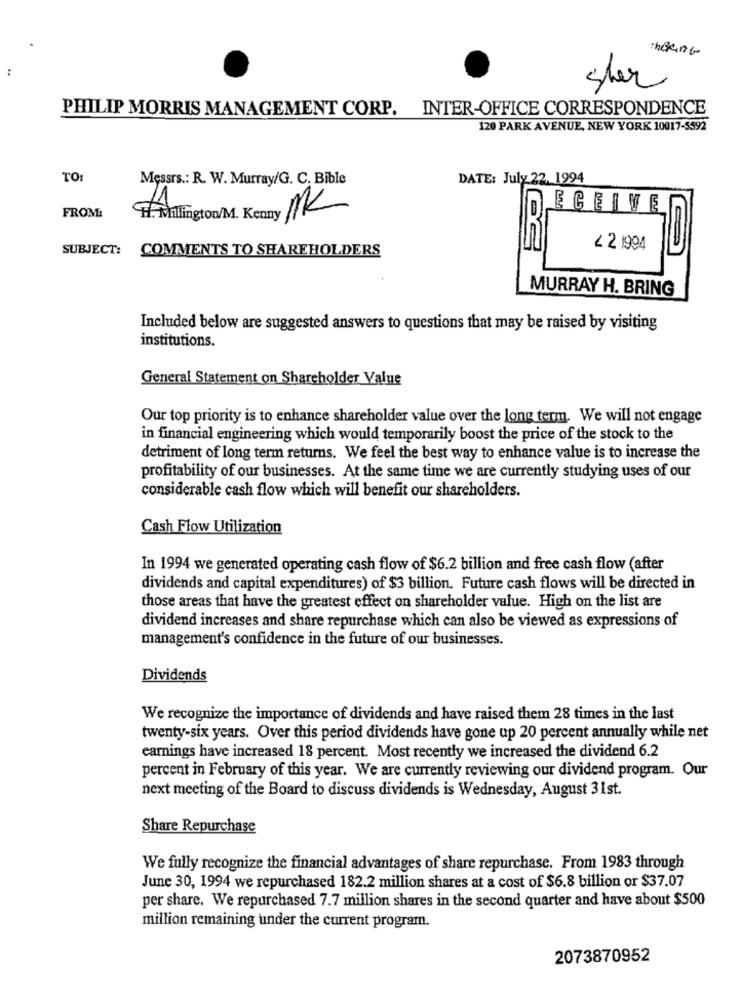
sher
PHILIP MORRIS MANAGEMENT CORP. INTER-OFFICE CORRESPONDENCE
120 PARK AVENUE, NEW YORK 10017-5592
TO
Messrs .: R. W. Murray/G. C. Bible
DATE: July 22. 1994
/1
FROM:
ECEIVE
1. Millington/M. Kenny AK
SUBJECT: COMMENTS TO SHAREHOLDERS
2 2 1994
MURRAY H. BRING
Included below are suggested answers to questions that may be raised by visiting
institutions.
General Statement on Shareholder Value
Our top priority is to enhance shareholder value over the long term. We will not engage
in financial engineering which would temporarily boost the price of the stock to the
detriment of long term returns. We feel the best way to enhance value is to increase the
profitability of our businesses. At the same time we are currently studying uses of our
considerable cash flow which will benefit our shareholders.
Cash Flow Utilization
In 1994 we generated operating cash flow of $6.2 billion and free cash flow (after
dividends and capital expenditures) of $3 billion. Future cash flows will be directed in
those areas that have the greatest effect on shareholder value. High on the list are
dividend increases and share repurchase which can also be viewed as expressions of
management's confidence in the future of our businesses.
Dividends
We recognize the importance of dividends and have raised them 28 times in the last
twenty-six years. Over this period dividends have gone up 20 percent annually while net
earnings have increased 18 percent. Most recently we increased the dividend 6.2
percent in February of this year. We are currently reviewing our dividend program. Our
next meeting of the Board to discuss dividends is Wednesday, August 31st.
Share Repurchase
We fully recognize the financial advantages of share repurchase. From 1983 through
June 30, 1994 we repurchased 182.2 million shares at a cost of $6.8 billion or $37.07
per share. We repurchased 7.7 million shares in the second quarter and have about $500
million remaining under the current program.
2073870952